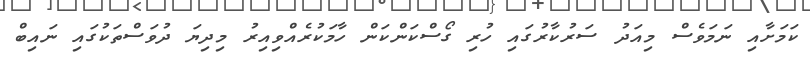
ކަމަށާއި ނަމަވެސް މިއަދު ސަރުކާރުގައި ހުރި ގޯސްކަންކަން ހާމަކުރެއްވިއިރު މިދިޔަ ދުވަސްތަކުގައި ނައިބް